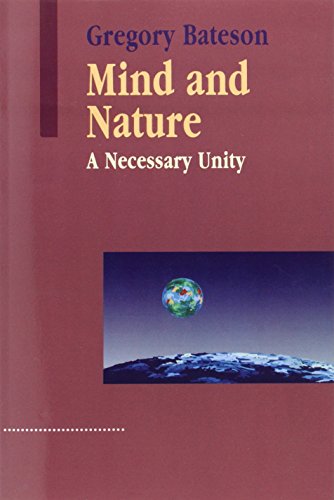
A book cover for Mind and Nature: A Necessary Unity (Advances in Systems Theory, Complexity, and the Human Sciences); Gregory Bateson; Politics & Social Sciences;